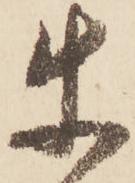
使